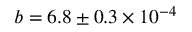
b = 6 . 8 \pm 0 . 3 \times 1 0 ^ { - 4 }